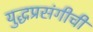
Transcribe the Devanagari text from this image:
युद्धप्रसंगीची